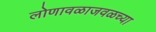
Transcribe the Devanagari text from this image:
लोणावळाजवळच्या